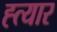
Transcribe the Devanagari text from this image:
ह्त्यार